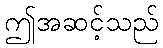
ဤအဆင့်သည်